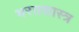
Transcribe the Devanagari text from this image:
भरतशास्त्र